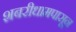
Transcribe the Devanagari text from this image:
शबरीधामपासून